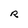
Character: R